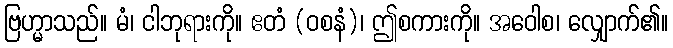
ဗြဟ္မာသည်။ မံ၊ ငါဘုရားကို။ ဧတံ (ဝစနံ)၊ ဤစကားကို။ အဝေါစ၊ လျှောက်၏။